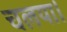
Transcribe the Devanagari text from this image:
चलया।